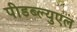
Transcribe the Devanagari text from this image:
पीडब्ल्युएल